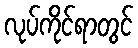
လုပ်ကိုင်ရာတွင်